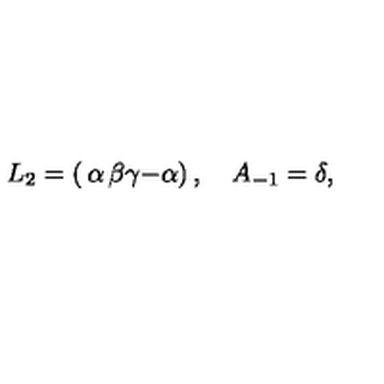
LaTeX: L _ { 2 } = \left( \begin{matrix} { \alpha } & { \beta } \\ { \gamma } & { - \alpha } \\ \end{matrix} \right) , \quad A _ { - 1 } = \delta ,